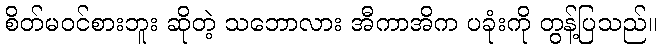
စိတ်မဝင်စားဘူး ဆိုတဲ့ သဘောလား အီကာအိက ပခုံးကို တွန့်ပြသည်။